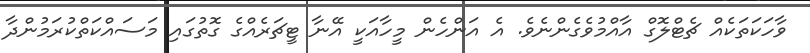
ވާހަކަތަކެއް ޗެޓްލޮގް އާއްމުވެގެންނެވެ. އެ އަންހެން މީހާއަކީ އޭނާ ޓީޗަރެއްގެ ގޮތުގައި މަސައްކަތްކުރަމުންދާ